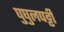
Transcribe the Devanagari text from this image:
घुघुलपट्टी